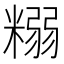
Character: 糑